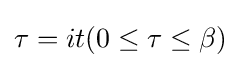
\tau =it(0\leq \tau \leq \beta )